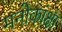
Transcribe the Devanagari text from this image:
मनोकांक्षा